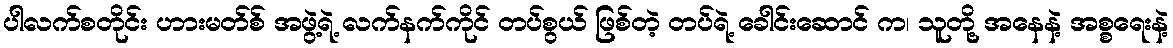
ပါလက်စတိုင်း ဟားမတ်စ် အဖွဲ့ရဲ့ လက်နက်ကိုင် တပ်စွယ် ဖြစ်တဲ့ တပ်ရဲ့ ခေါင်းဆောင် က၊ သူတို့ အနေနဲ့ အစ္စရေးနဲ့